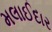
મલાઈદાર